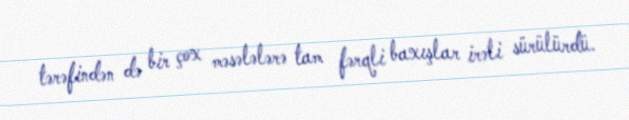
tərəfindən də bir çox məsələlərə tam fərqli baxışlar irəli sürülürdü.